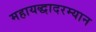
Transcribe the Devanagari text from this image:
महायद्धादरम्यान